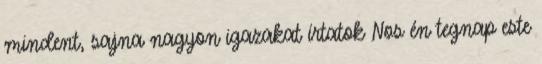
mindent, sajna nagyon igazakat írtatok Nos én tegnap este